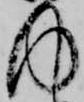
内